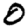
Digit: 0